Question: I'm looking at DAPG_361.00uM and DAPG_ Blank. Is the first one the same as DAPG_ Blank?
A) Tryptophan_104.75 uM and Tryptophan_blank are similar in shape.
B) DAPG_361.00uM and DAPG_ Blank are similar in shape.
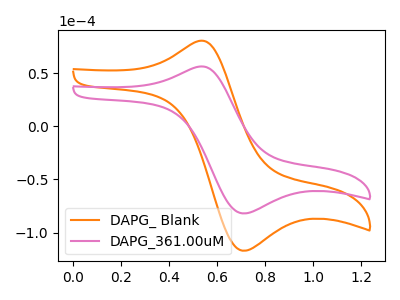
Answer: <think>The orange curve "DAPG_ Blank" has an anodic peak at (0.50V, 80.55uA) and a cathodic peak at (0.70V, -117.15uA). The pink curve "DAPG_361.00uM" has an anodic peak at (0.50V, 56.35uA) and a cathodic peak at (0.70V, -81.95uA).
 All the peaks in "DAPG_361.00uM" have a peak in "DAPG_ Blank" at the same potential. Every peak in "DAPG_361.00uM" is lower than every peak in "DAPG_ Blank".</think>
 <answer>B) "DAPG_361.00uM" and "DAPG_ Blank" are similar in shape.</answer>
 <eval>B</eval>